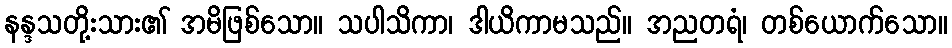
နန္ဒသတို့းသား၏ အမိဖြစ်သော။ သပါသိကာ၊ ဒါယိကာမသည်။ အညတရံ၊ တစ်ယောက်သော။